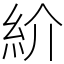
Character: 紒